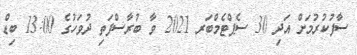
ސާފުކުރުމަށް އަދި 30 ސެޕްޓެމްބަރ 2021 ވާ ބުރާސްފަތި ދުވަހުގެ 13:00 ބިޑް